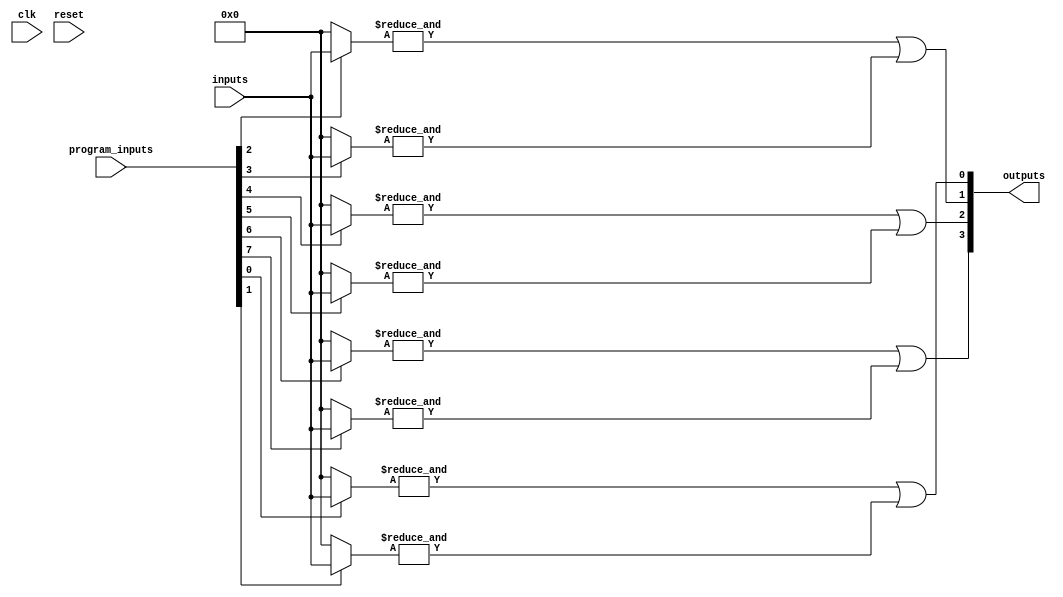
module jewel_pal (
    input wire [N-1:0] inputs,        // N input lines
    input wire [M-1:0] program_inputs, // Programming inputs for AND array
    input wire clk,                    // Clock signal for control logic
    input wire reset,                  // Reset signal
    output wire [P-1:0] outputs        // P output lines
);

// Parameters
parameter N = 8; // Number of inputs
parameter M = 16; // Number of programmable connections (AND gates)
parameter P = 4;  // Number of outputs

// Internal signals
wire [M-1:0] and_outputs; // Outputs from the programmable AND gates
wire [P-1:0] or_outputs;   // Outputs from the fixed OR gates

// Programmable AND Array
genvar i, j;
generate
    for (i = 0; i < M; i = i + 1) begin : and_array
        wire [N-1:0] and_inputs; // Inputs to each AND gate
        // Connect inputs based on programming inputs
        assign and_inputs = (program_inputs[i]) ? inputs : {N{1'b0}}; // Example connection logic
        assign and_outputs[i] = &and_inputs; // AND operation
    end
endgenerate

// Fixed OR Array
assign or_outputs[0] = and_outputs[0] | and_outputs[1]; // Example OR connections
assign or_outputs[1] = and_outputs[2] | and_outputs[3];
assign or_outputs[2] = and_outputs[4] | and_outputs[5];
assign or_outputs[3] = and_outputs[6] | and_outputs[7];

// Output assignments
assign outputs = or_outputs;

// Control Logic (simplified)
always @(posedge clk or posedge reset) begin
    if (reset) begin
        // Reset logic
    end else begin
        // Programming logic for AND array can be implemented here
    end
end

endmodule